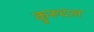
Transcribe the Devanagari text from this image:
कुरुदल